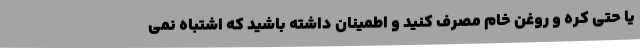
یا حتی کره و روغن خام مصرف کنید و اطمینان داشته باشید که اشتباه نمی